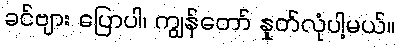
ခင်ဗျား ပြောပါ၊ ကျွန်တော် နှုတ်လုံပါ့မယ်။